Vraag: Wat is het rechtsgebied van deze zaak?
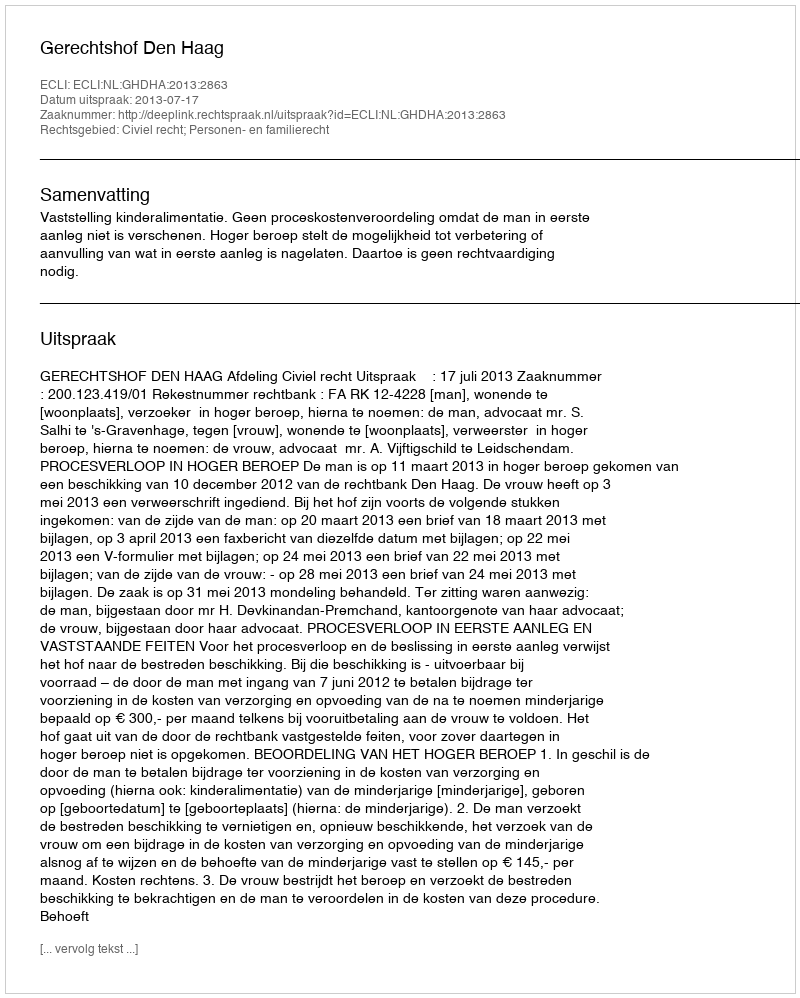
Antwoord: Civiel recht; Personen- en familierecht